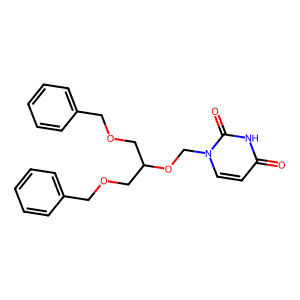
SMILES: O=c1ccn(COC(COCc2ccccc2)COCc2ccccc2)c(=O)[nH]1
Inhibits HIV replication: No